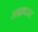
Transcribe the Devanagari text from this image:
ताम्रध्वजर